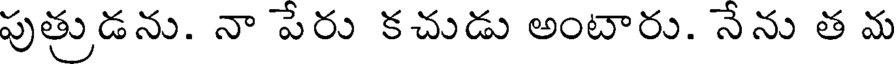
పుత్రుడను. నా పేరు కచుడు అంటారు. నేను త మ